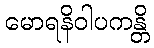
မောရနိဝါပကန္တိ